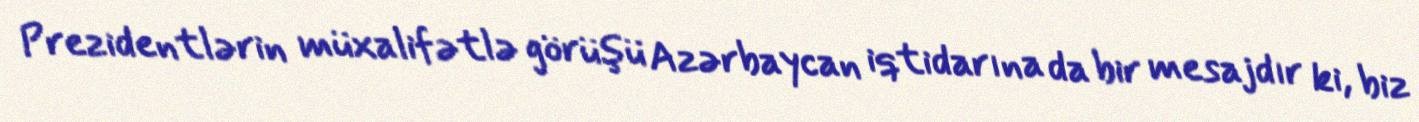
Prezidentlərin müxalifətlə görüşü Azərbaycan iqtidarına da bir mesajdır ki, biz